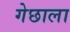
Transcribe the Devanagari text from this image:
गेछाला